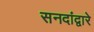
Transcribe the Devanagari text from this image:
सनदांद्वारे